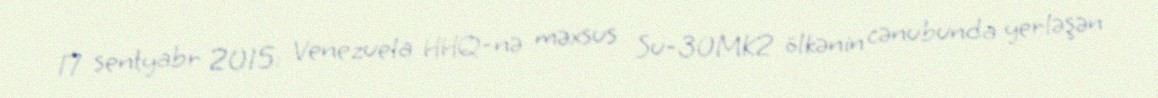
17 sentyabr 2015: Venezuela HHQ-nə məxsus Su-30MK2 ölkənin cənubunda yerləşən